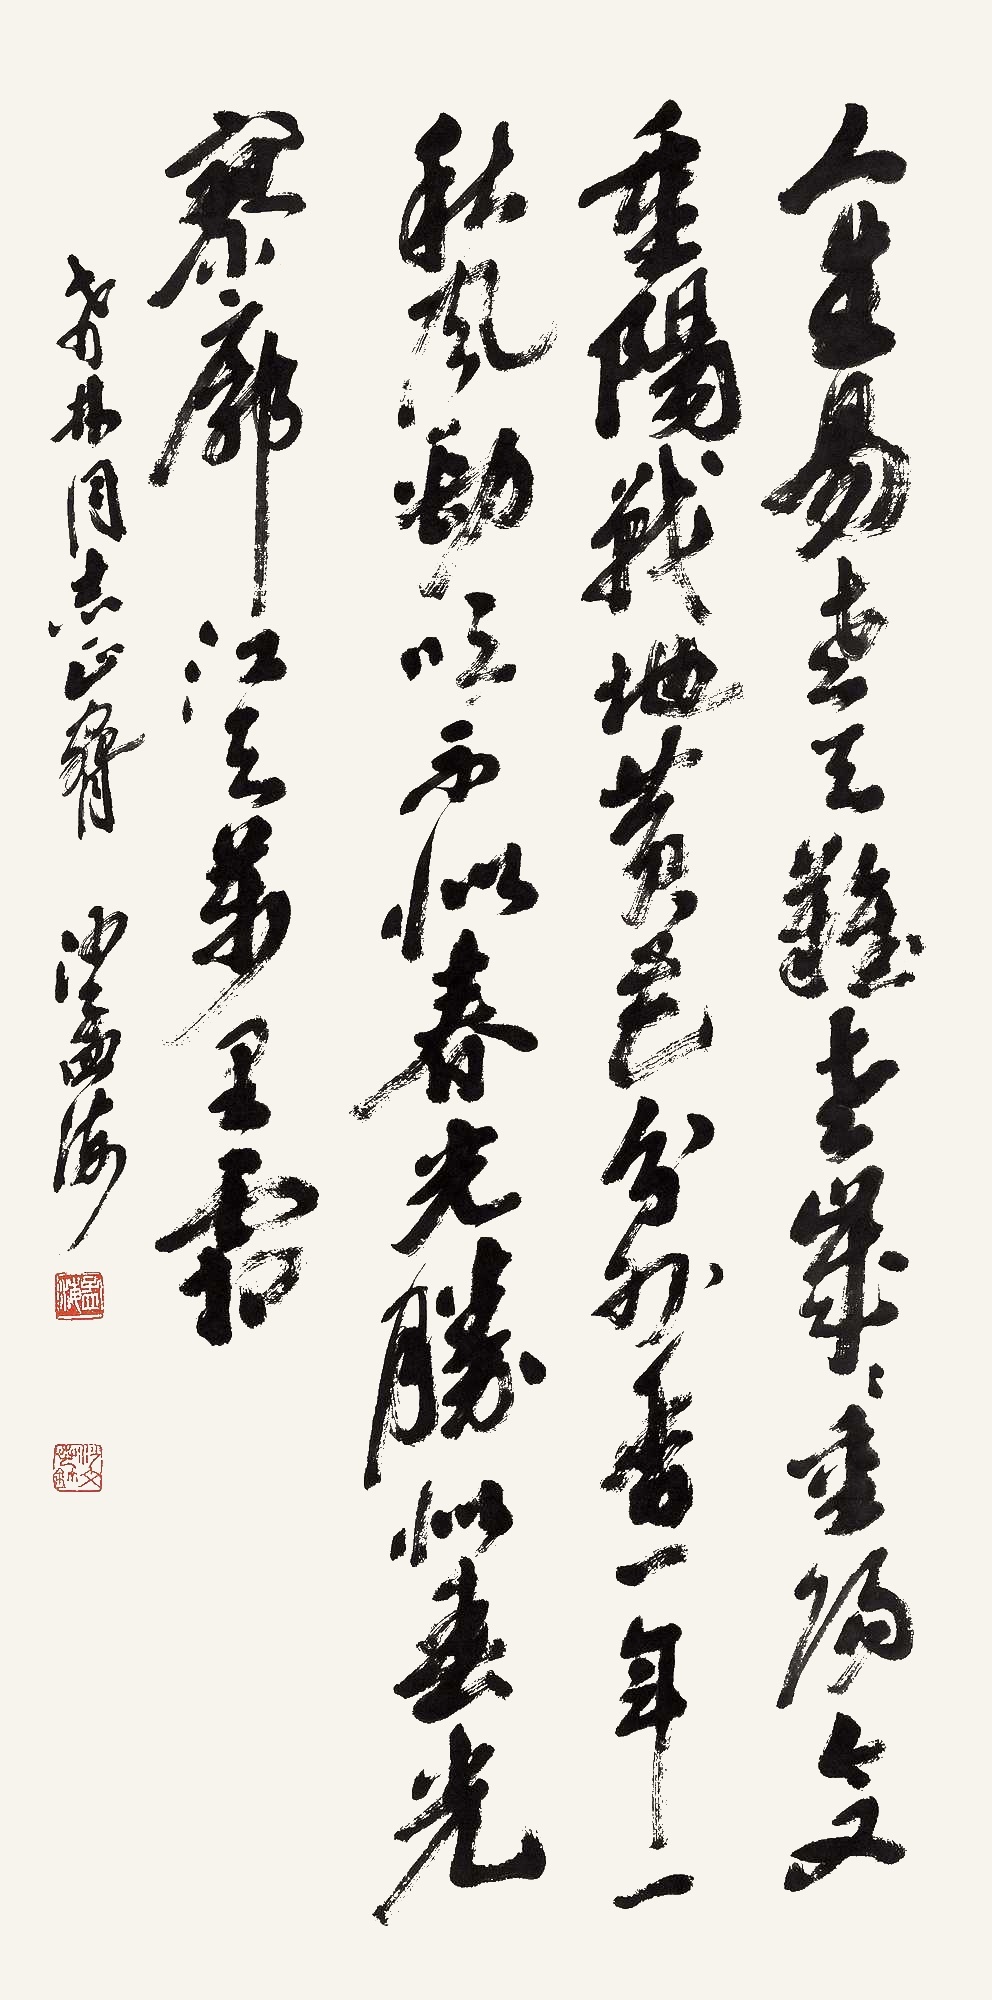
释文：人生易老天难老，岁岁重阳。今又重阳，战地黄花分外香。一年一度秋风劲，噫，不似春光。胜似春光，寥廓江天万里霜。希林同志正腕。沙孟海。